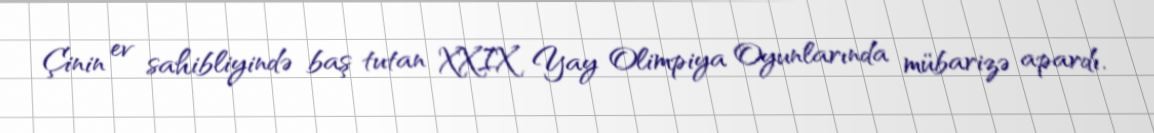
Çinin ev sahibliyində baş tutan XXIX Yay Olimpiya Oyunlarında mübarizə apardı.